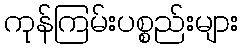
ကုန်ကြမ်းပစ္စည်းများ